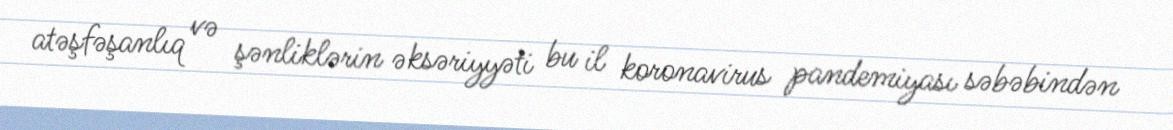
atəşfəşanlıq və şənliklərin əksəriyyəti bu il koronavirus pandemiyası səbəbindən